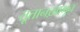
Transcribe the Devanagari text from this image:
तूतानख़ामून